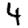
Digit: 4